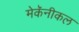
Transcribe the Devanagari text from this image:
मेकॅनीकल